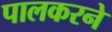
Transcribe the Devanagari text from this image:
पालकरने